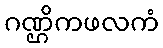
ဂဏ္ဌိကဖလကံ